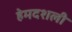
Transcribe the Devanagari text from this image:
हेमदशली